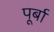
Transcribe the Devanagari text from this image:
पूर्बा